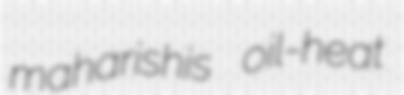
maharishis oil-heat